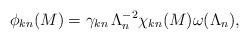
LaTeX: \begin{align*}\phi_{kn}(M)=\gamma_{kn}\, \Lambda^{-2}_{n}\chi_{kn}(M)\omega (\Lambda_{n}),\end{align*}